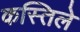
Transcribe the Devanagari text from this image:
कस्तिले